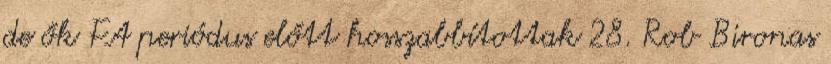
de ők FA periódus előtt hosszabbítottak 28. Rob Bironas